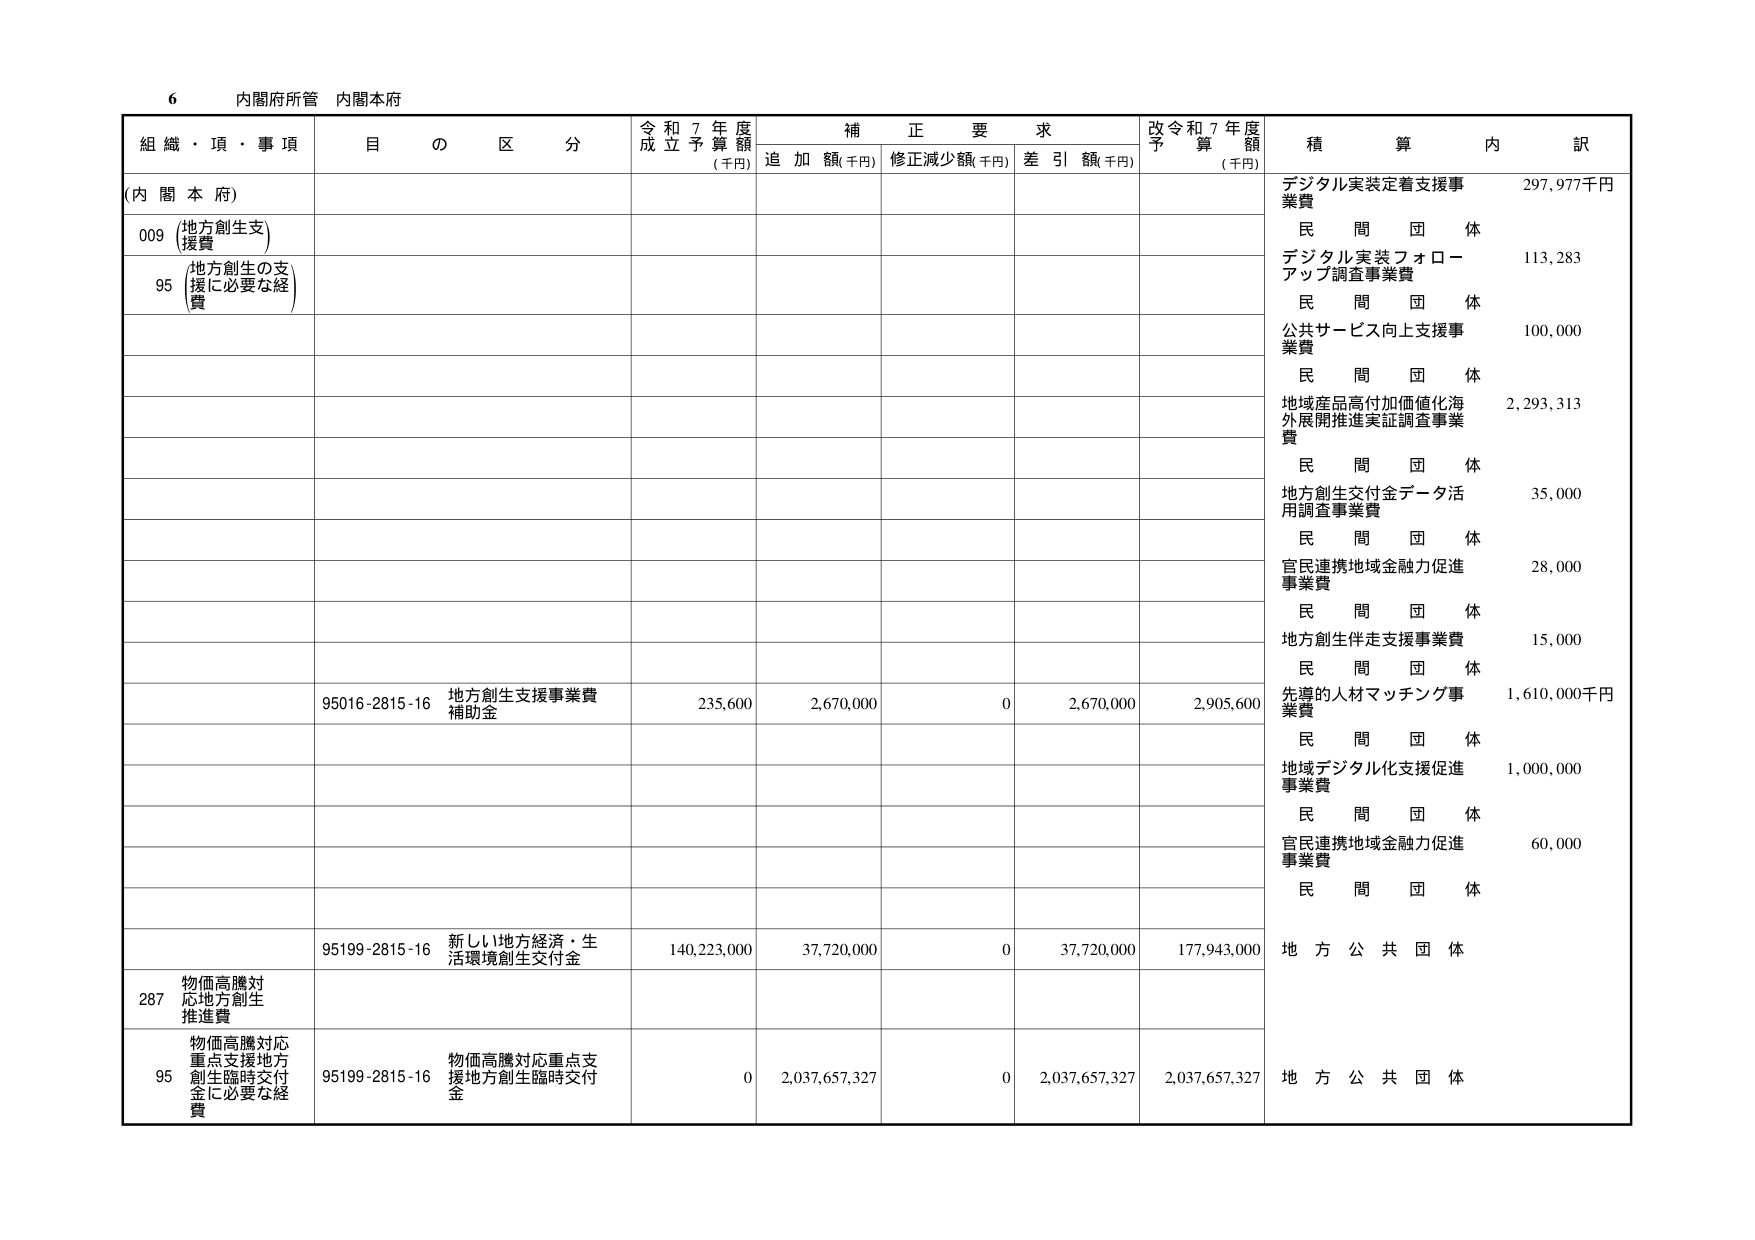
6 内閣府所管 内閣本府

組織・頂・事項 目の区分 令和7年度成立予算額 (千円) 補正要求 追加額(千円) 修正減少額(千円) 差引額(千円) 改令和7年度予算額 (千円) 積算内訳

(内閣本府)

009 (地方創生支援費)

95 (地方創生の支援に必要な経費)

95016-2815-16 地方創生支援事業費補助金 235,600 2,670,000 0 2,670,000 2,905,600

95199-2815-16 新しい地方経済・生活環境創生交付金 140,223,000 37,720,000 0 37,720,000 177,943,000

287 物価高騰対応地方創生推進費

95 物価高騰対応重点支援地方創生臨時交付金に必要な経費 95199-2815-16 物価高騰対応重点支援地方創生臨時交付金 0 2,037,657,327 0 2,037,657,327 2,037,657,327

デジタル実装定着支援事業費 297,977千円 民間団体

デジタル実装フォローアップ調査事業費 113,283 民間団体

公共サービス向上支援事業費 100,000 民間団体

地域産品高付加価値化海外展開推進実証調査事業費 2,293,313 民間団体

地方創生交付金データ活用調査事業費 35,000 民間団体

官民連携地域金融力促進事業費 28,000 民間団体

地方創生伴走支援事業費 15,000 民間団体

先導的人材マッチング事業費 1,610,000千円 民間団体

地域デジタル化支援促進事業費 1,000,000 民間団体

官民連携地域金融力促進事業費 60,000 民間団体

地方公共団体

地方公共団体